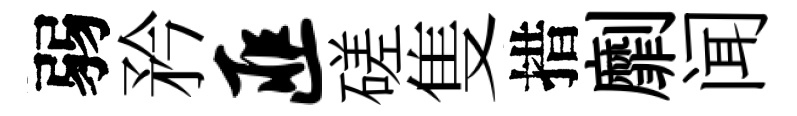
弱矜匪磋隻措劘闻